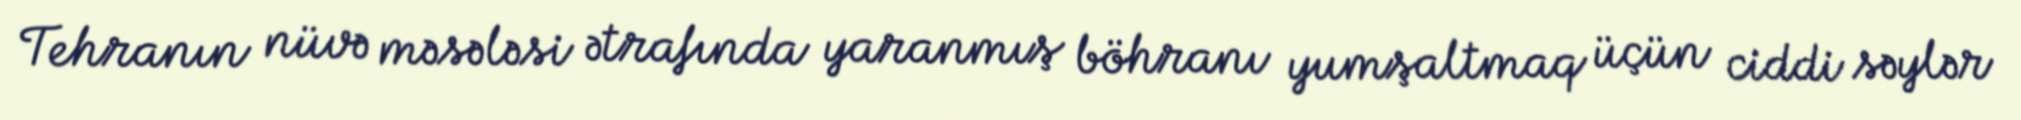
Tehranın nüvə məsələsi ətrafında yaranmış böhranı yumşaltmaq üçün ciddi səylər